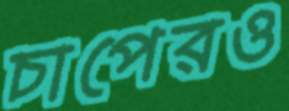
চাপেরও